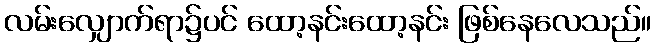
လမ်းလျှောက်ရာ၌ပင် ထော့နင်းထော့နင်း ဖြစ်နေလေသည်။